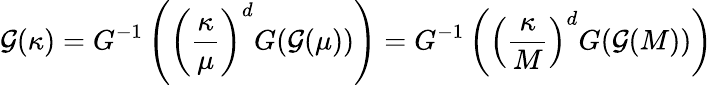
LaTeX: \mathcal{G}(\kappa)=G^{-1}\left(\left({\frac{{\kappa}}{{\mu}}}\right)^{d}G(\mathcal{G}(\mu))\right)=G^{-1}\left(\left({\frac{{\kappa}}{{M}}}\right)^{d}G(\mathcal{G}(M))\right)